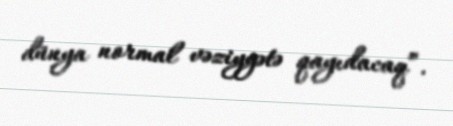
dünya normal vəziyyətə qayıdacaq”.